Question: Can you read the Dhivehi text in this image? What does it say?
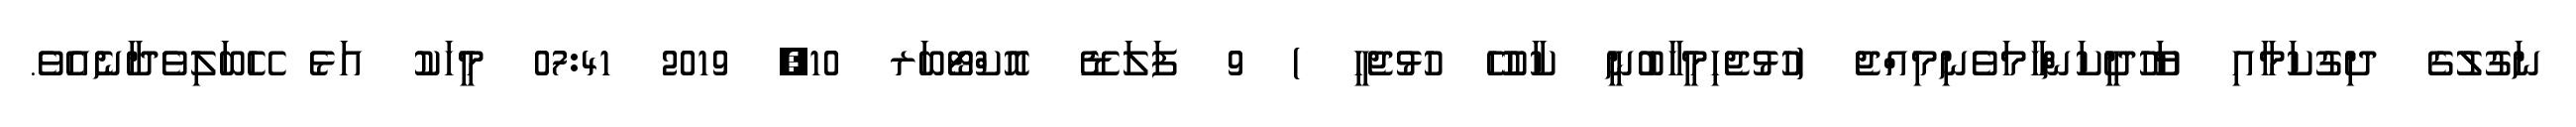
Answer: ނަގުލުގެ ދިގުކަމާއި ޔަހޫދީކަންހާމަވެނިމިއްޖެ (ހުޅުޖެހިމީހާބުނީ ކާކުހޭ ހުޅުޖެހީ ) 9 ފަލަޑޭ އޮކްޓޯބަރ 10, 2019 07:41 މީހަކު އަޅެ ހޭބަލިވެދާނެއެވެ.